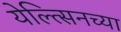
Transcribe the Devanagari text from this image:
येल्त्सिनच्या